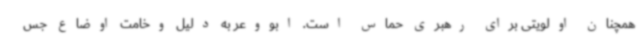
همچنان اولویتی برای رهبری حماس است. ابووعر به دلیل وخامت اوضاع جس